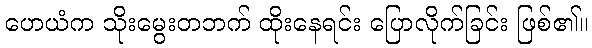
ဟေယံက သိုးမွေးတဘက် ထိုးနေရင်း ပြောလိုက်ခြင်း ဖြစ်၏။